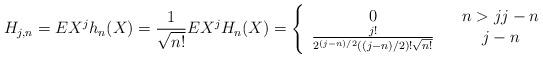
LaTeX: \begin{align*}H_{j,n}=EX^{j}h_{n}(X)=\frac{1}{\sqrt{n!}}EX^{j}H_{n}(X)=\left\{ \begin{array}{ccc}0 & & n>jj-n \\ \frac{j!}{2^{(j-n)/2}((j-n)/2)!\sqrt{n!}} & & j-n\end{array}\right. \end{align*}